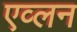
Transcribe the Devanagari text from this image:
एव्लन